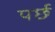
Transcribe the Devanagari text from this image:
पर्छ